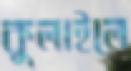
কুলাইলে